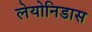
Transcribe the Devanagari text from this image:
लेयोनिडास